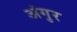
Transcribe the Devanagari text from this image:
अंगुर